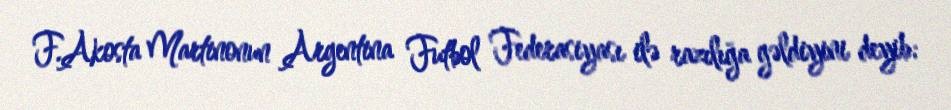
F.Akosta Martinonun Argentina Futbol Federasiyası ilə razılığa gəldiyini deyib: